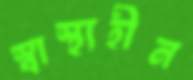
স্বাস্থ্যহীন